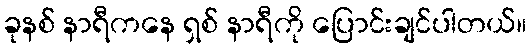
ခုနစ် နာရီကနေ ရှစ် နာရီကို ပြောင်းချင်ပါတယ်။